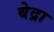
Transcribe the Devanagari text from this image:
बेद्रा